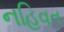
નહિવત